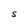
Character: S